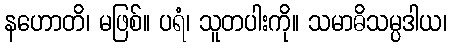
နဟောတိ၊ မဖြစ်။ ပရံ၊ သူတပါးကို။ သမာဓိသမ္ပဒါယ၊